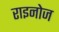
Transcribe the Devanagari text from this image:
राइनोज